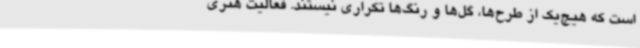
است که هیچ‌یک از طرح‌ها، گل‌ها و رنگ‌ها تکراری نیستند. فعالیت هنری